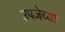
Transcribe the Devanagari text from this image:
उपजेच्या